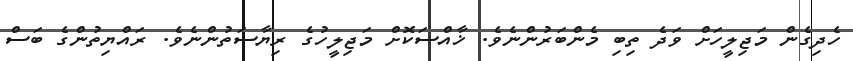
ހެދިގެން މަޖިލީހަށް ވަދެ ތިބި މެންބަރުންނެވެ. ޚާއްސަކޮށް މަޖިލީހުގެ ރިޔާސަތުންނެވެ. ރައްޔިތުންގެ ބަސް